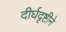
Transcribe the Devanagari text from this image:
दीर्घदृष्टीने